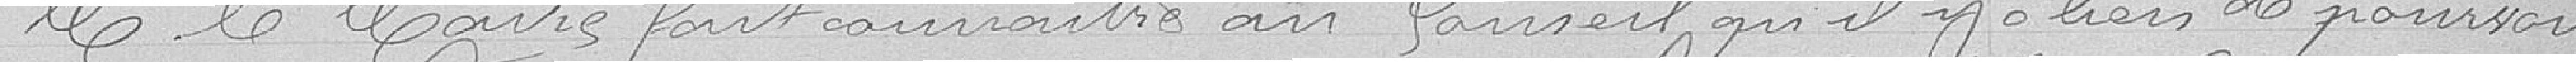
Monsieur Le Maire fait connaître au Conseil qu'il y a lieu de pourvoir